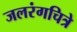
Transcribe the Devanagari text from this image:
जलरंगचित्रे